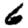
Digit: 6